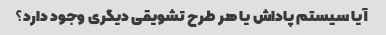
آیا سیستم پاداش یا هر طرح تشویقی دیگری وجود دارد؟